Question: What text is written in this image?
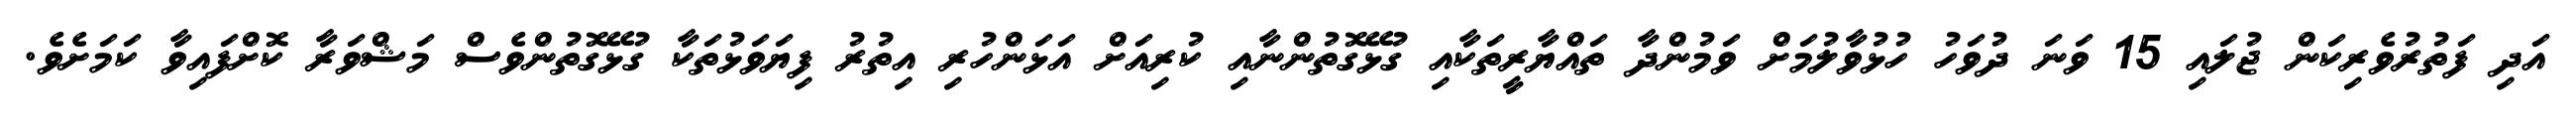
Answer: އަދި ފަތުރުވެރިކަން ޖުލައި 15 ވަނަ ދުވަހު ހުޅުވާލުމަށް ވަމުންދާ ތައްޔާރީތަކާއި ގުޅޭގޮތުންނާއި ކުރިއަށް އަޅަންހުރި އިތުރު ފިޔަވަޅުތަކާ ގުޅޭގޮތުންވެސް މަޝްވަރާ ކޮށްފައިވާ ކަމަށެވެ.